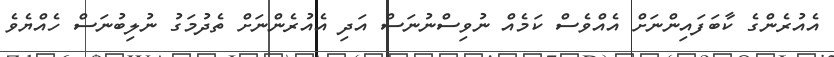
އެއުރެންގެ ކާބަފައިންނަށް އެއްވެސް ކަމެއް ނުވިސްނުނަސް އަދި އެއުރެންނަށް ތެދުމަގު ނުލިބުނަސް ހެއްޔެވެ